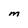
Character: M